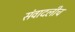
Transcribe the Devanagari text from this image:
संवादलीच